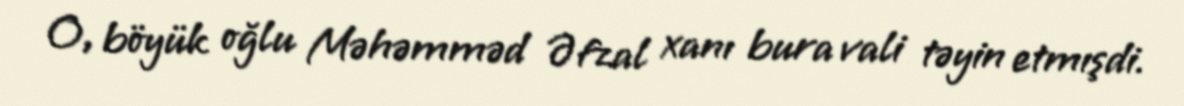
O, böyük oğlu Məhəmməd Əfzal xanı bura vali təyin etmışdi.